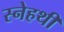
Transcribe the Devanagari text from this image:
स्नेहथी